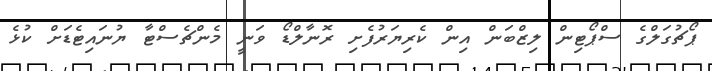
ޕޯޗުގަލްގެ ސްޕޯޓިން ލިޒްބަން އިން ކެރިޔަރުފެށި ރޮނާލްޑޯ ވަނީ މެންޗެސްޓާ ޔުނައިޓެޑަށް ކުޅެ